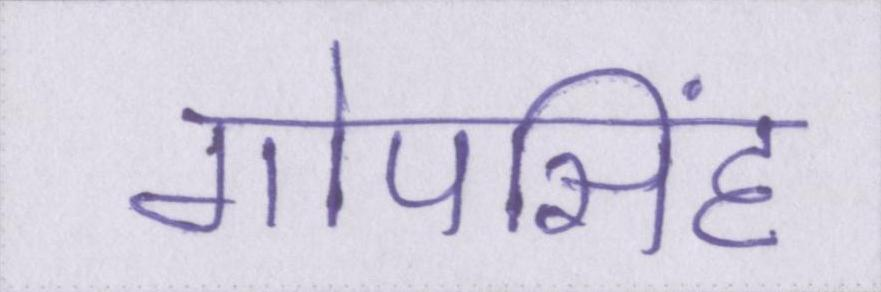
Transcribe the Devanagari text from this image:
गोपसिंह